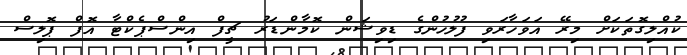
ކުއްލިގޮތަކަށް މިރޭ އަވަހާރަވި ފުލުހުންގެ ޑިވިޝަން ކޮމާންޑަރު ޗީފް އިންސްޕެކްޓާ އޮފް ޕޮލިސް